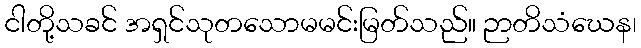
ငါတို့သခင် အရှင်သုတသောမမင်းမြတ်သည်။ ဉာတိသံဃေန၊